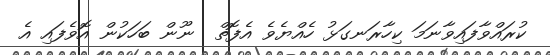
ކުރައްވާފައިވާނަމަ ކިހާރަނގަޅު ހެއްޔެވެ އެފޮތް  ނޫން ބަހަކުން އޮވެފައި އެ